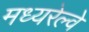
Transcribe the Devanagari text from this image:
मध्यरेल्वे